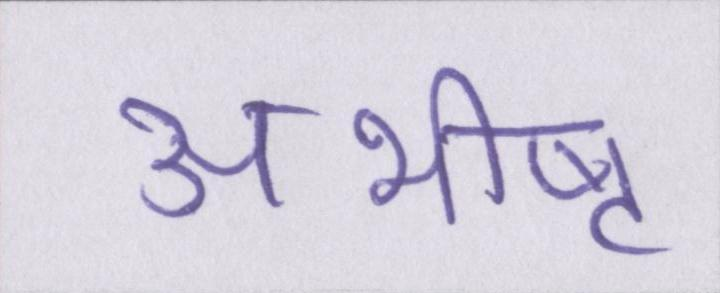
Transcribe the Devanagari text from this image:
अभीष्ट